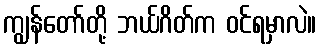
ကျွန်တော်တို့ ဘယ်ဂိတ်က ဝင်ရမှာလဲ။